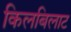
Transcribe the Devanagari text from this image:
किलबिलाट